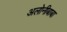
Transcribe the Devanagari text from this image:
अलोनीबाबा